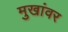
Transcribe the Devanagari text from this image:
मुखांवर